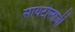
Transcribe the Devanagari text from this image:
सायटोलाजी